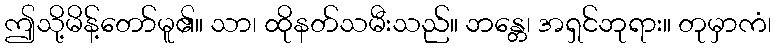
ဤသို့မိန့်တော်မူ၏။ သာ၊ ထိုနတ်သမီးသည်။ ဘန္တေ၊ အရှင်ဘုရား။ တုမှာကံ၊